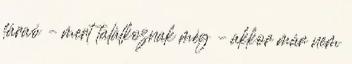
fáraó – mert találkoznak még – akkor már nem